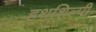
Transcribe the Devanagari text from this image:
हथशिल्पी